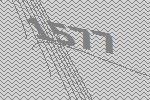
1577